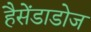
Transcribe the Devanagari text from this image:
हैसेंडाडोज